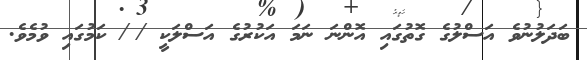
ބަދަލުނުވެ އަސްލުގެ ގޮތުގައި އޮންނަ ނަމަ އަކުރުގެ އަސްލަކީ /ޱ/ ކަމުގައި ވުމެވެ.